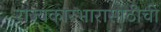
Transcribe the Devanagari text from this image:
राज्यकारभारासाठीची